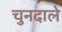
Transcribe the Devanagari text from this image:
चुनदाले